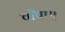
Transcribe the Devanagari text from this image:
चाँपा॥